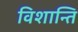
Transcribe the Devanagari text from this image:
विशान्ति